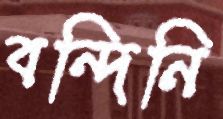
বন্দিনি